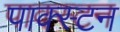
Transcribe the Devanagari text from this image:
पाक्स्टन